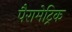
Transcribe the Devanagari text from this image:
पैरामेट्रिक